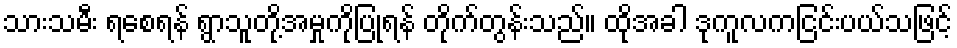
သားသမီး ရစေရန် ရွာသူတို့အမှုကိုပြုရန် တိုက်တွန်းသည်။ ထိုအခါ ဒုကူလကငြင်းပယ်သဖြင့်